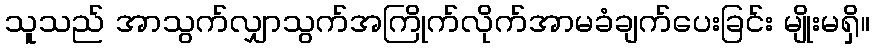
သူသည် အာသွက်လျှာသွက်အကြိုက်လိုက်အာမခံချက်ပေးခြင်း မျိုးမရှိ။